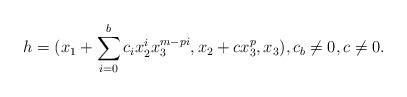
LaTeX: \begin{align*}h = (x_1 + \sum_{i = 0}^{b} c_i x_2^i x_3^{m - pi}, x_2 + cx_3^p, x_3),c_b \neq 0, c\neq0.\end{align*}